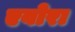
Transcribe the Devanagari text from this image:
एवोरा